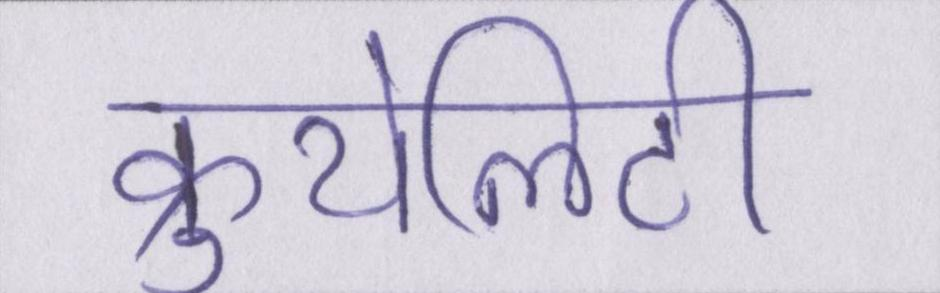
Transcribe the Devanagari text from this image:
क्रुयेलिटी